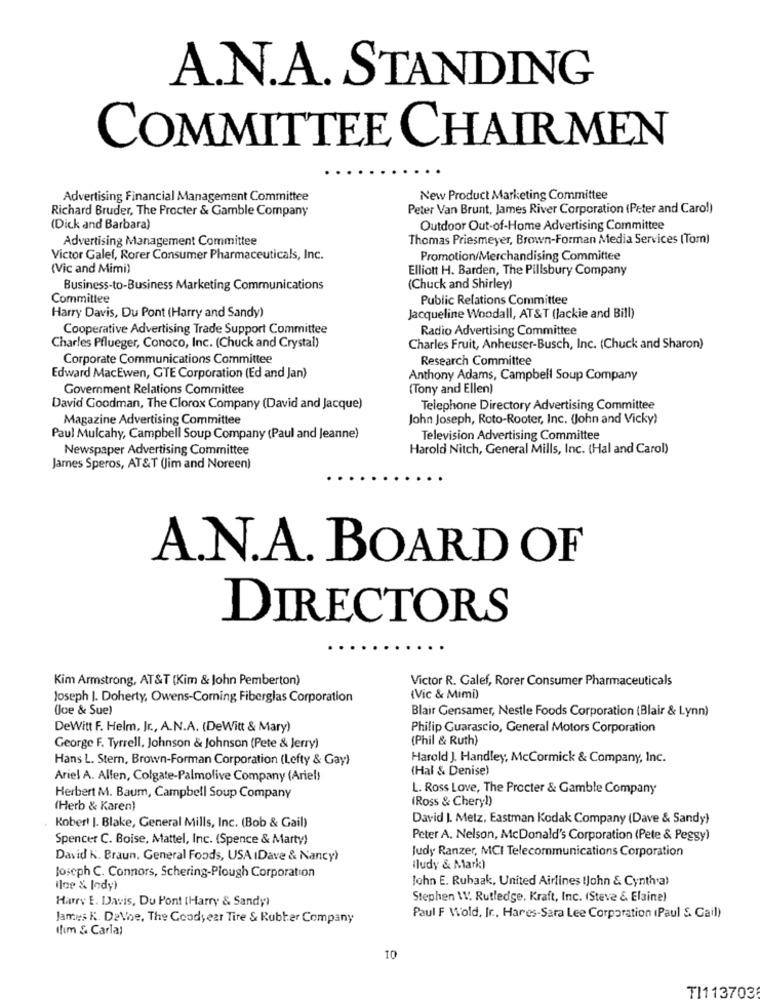
A.N.A. STANDING
COMMITTEE CHAIRMEN
Advertising Financial Management Committee
New Product Marketing Committee
Richard Bruder, The Procter & Gamble Company
Peter Van Brunt, James River Corporation (Peter and Caro!)
(Dick and Barbara)
Outdoor Out-of-Home Advertising Committee
Advertising Management Committee
Thomas Priesmeyer, Brown-Forman Media Services (Tom)
Victor Galef, Rorer Consumer Pharmaceuticals, Inc.
Promotion/Merchandising Committee
(Vic and Mimi)
Elliott H. Barden, The Pillsbury Company
Business-to-Business Marketing Communications
(Chuck and Shirley)
Committee
Public Relations Committee
Harry Davis, Du Pont (Harry and Sandy)
Jacqueline Woodall, AT &T (Jackie and Bill)
Cooperative Advertising Trade Support Committee
Radio Advertising Committee
Charles Pflueger, Conoco, Inc. (Chuck and Crystal)
Charles Fruit, Anheuser-Busch, Inc. (Chuck and Sharon)
Corporate Communications Committee
Research Committee
Edward MacEwen, GTE Corporation (Ed and Jan)
Anthony Adams, Campbell Soup Company
Government Relations Committee
(Tony and Ellen)
David Goodman, The Clorox Company (David and Jacque)
Telephone Directory Advertising Committee
Magazine Advertising Committee
John Joseph, Roto-Rooter, Inc. (John and Vicky)
Paul Mulcahy, Campbell Soup Company (Paul and Jeanne)
Television Advertising Committee
Newspaper Advertising Committee
Harold Nitch, General Mills, Inc. (Hal and Carol)
James Speros, AT&T (Jim and Noreen)
A.N.A. BOARD OF
DIRECTORS
Kim Armstrong, AT&T (Kim & John Pemberton)
Victor R. Galef, Rorer Consumer Pharmaceuticals
Joseph J. Doherty, Owens-Corning Fiberglas Corporation
(Vic & Mimi)
(Joe & Sue)
Blair Gensamer, Nestle Foods Corporation (Blair & Lynn)
DeWitt F. Helm, Jr ., A.N.A. (DeWitt & Mary)
Philip Guarascio, General Motors Corporation
(Phil & Ruth)
George F. Tyrrell, Johnson & Johnson (Pete & Jerry)
Hans L. Stern, Brown-Forman Corporation (Lefty & Gay)
Harold J. Handley, McCormick & Company, Inc.
(Hal & Denise)
Ariel A. Alfen, Colgate-Palmolive Company (Ariel)
L. Ross Love, The Procter & Gamble Company
Herbert M. Baum, Campbell Soup Company
(Ross & Cheryl)
(Herb & Karen)
David J. Metz, Eastman Kodak Company (Dave & Sandy)
Kober! J. Blake, General Mills, Inc. (Bob & Gail)
Spencer C. Boise, Mattel, Inc. (Spence & Marty)
Peter A. Nelson, McDonald's Corporation (Pete & Peggy)
Judy Ranzer, MCI Telecommunications Corporation
David K. Braun, General Foods, USA IDave & Nancy)
Joseph C. Connors, Schering-Plough Corporation
(ludy & Mark)
John E. Rubaak, United Airlines (John & Cynthia)
ilor & lody)
Harry E. Davis, Du Pont (Harry & Sandy)
Stephen \. Rutledge, Kraft, Inc. (Steve & Elaine)
James K. DeVoe, The Goodyear Tire & Rubber Company
Paul F Wold, Ir ., Hares-Sara Lee Corporation (Paul &. Cail)
(fim & Carlal
10
TI113703